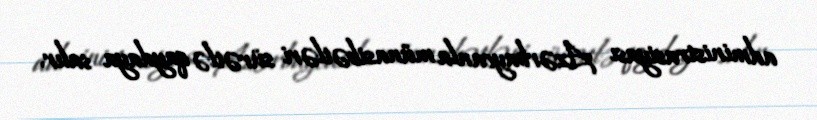
administrasiyası Azərbaycanla münasibətləri sürətlə qaydaya salır.